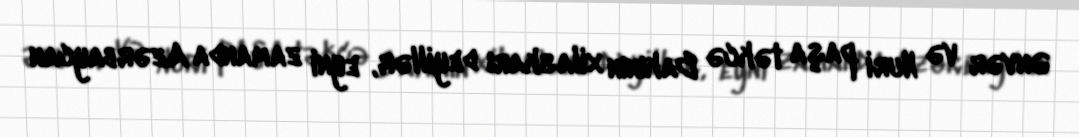
Ənvər və Nuri paşa təkcə Bakının xilaskarı deyillər, eyni zamanda Azərbaycan